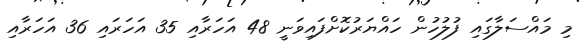
މި މައްސަލާގައި ފުލުހުން ހައްޔަރުކޮށްފައިވަނީ 48 އަހަރާއި 35 އަހަރައި 36 އަހަރާއި